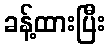
ခန့်ထားပြီး